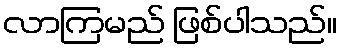
လာကြမည် ဖြစ်ပါသည်။